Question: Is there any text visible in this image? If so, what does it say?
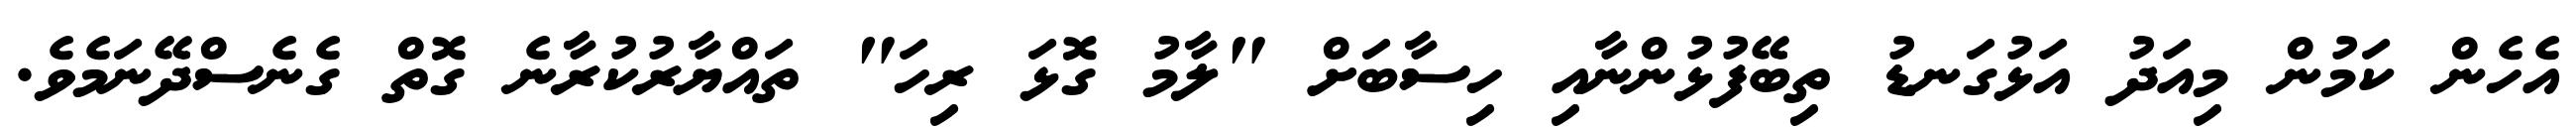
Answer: އެހެން ކަމުން މިއަދު އަޅުގަނޑު ތިބޭފުޅުންނާއި ހިސާބަށް "ލާމު ގޮޅަ ރިހަ" ތައްޔާރުކުރާނެ ގޮތް ގެނެސްދޭނަމެވެ.